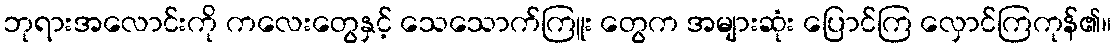
ဘုရားအလောင်းကို ကလေးတွေနှင့် သေသောက်ကြူး တွေက အများဆုံး ပြောင်ကြ လှောင်ကြကုန်၏။